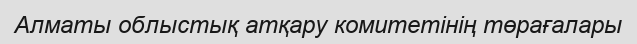
Алматы облыстық атқару комитетінің төрағалары